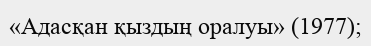
«Адасқан қыздың оралуы» (1977);